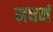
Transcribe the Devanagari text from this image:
मधनं